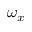
\omega _ { x }